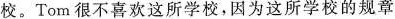
校。Tom很不喜欢这所学校，因为这所学校的规章